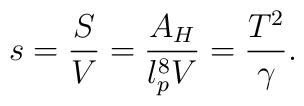
s = {S \over V} = {A_H \over l_p^8 V } = {T^2 \over \gamma}.